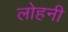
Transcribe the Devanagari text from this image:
लोहनी